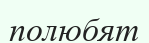
полюбят